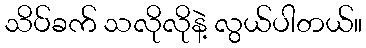
သိပ်ခက် သလိုလိုနဲ့ လွယ်ပါတယ်။